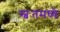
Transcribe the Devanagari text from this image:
स्वःतमध्ये